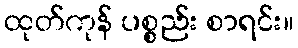
ထုတ်ကုန် ပစ္စည်း စာရင်း။